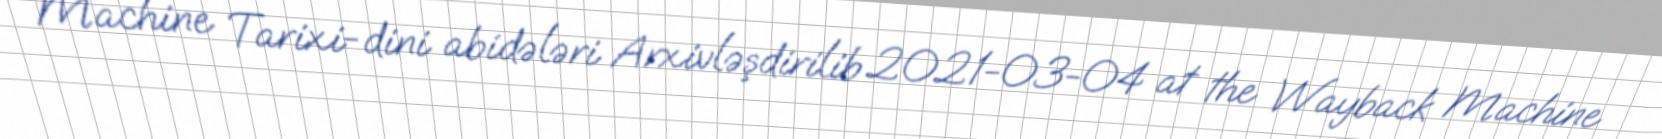
Machine Tarixi-dini abidələri Arxivləşdirilib 2021-03-04 at the Wayback Machine